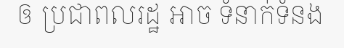
ឲ ប្រជាពលរដ្ឋ អាច ទំនាក់ទំនង